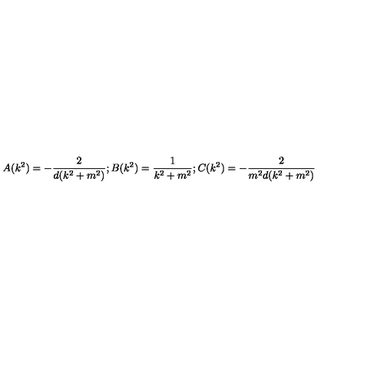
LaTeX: A ( k ^ { 2 } ) = - \frac { 2 } { d ( k ^ { 2 } + m ^ { 2 } ) } ; B ( k ^ { 2 } ) = \frac { 1 } { k ^ { 2 } + m ^ { 2 } } ; C ( k ^ { 2 } ) = - \frac { 2 } { m ^ { 2 } d ( k ^ { 2 } + m ^ { 2 } ) }